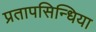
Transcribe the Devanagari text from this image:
प्रतापसिन्धिया